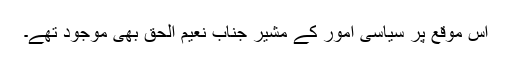
اس موقع پر سیاسی امور کے مشیر جناب نعیم الحق بھی موجود تھے۔